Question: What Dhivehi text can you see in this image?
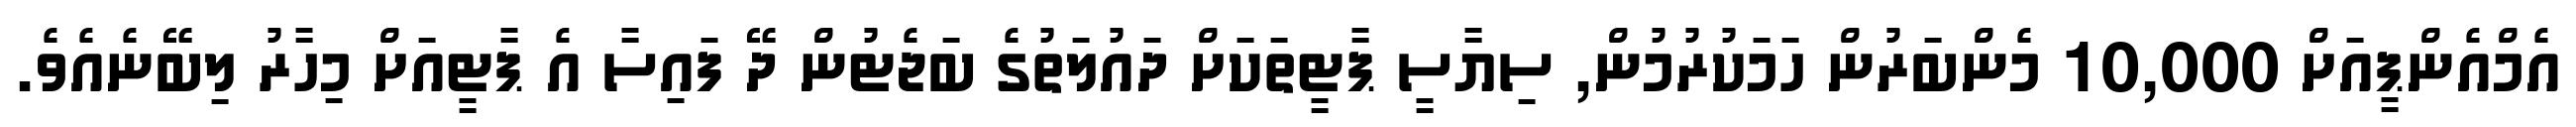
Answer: އެމްއެންޕީއަށް 10,000 މެންބަރުން ހަމަކުރުމުން, ސިޔާސީ ޕާޓީތަކަށް ދައުލަތުގެ ބަޖެޓުން ދޭ ފައިސާ އެ ޕާޓީއަށް މިހާރު ލިބޭނެއެވެ.